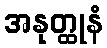
အနုတ္ထုနံ